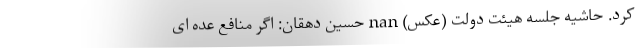
کرد. حاشیه جلسه هیئت دولت (عکس) nan حسین دهقان: اگر منافع عده ای